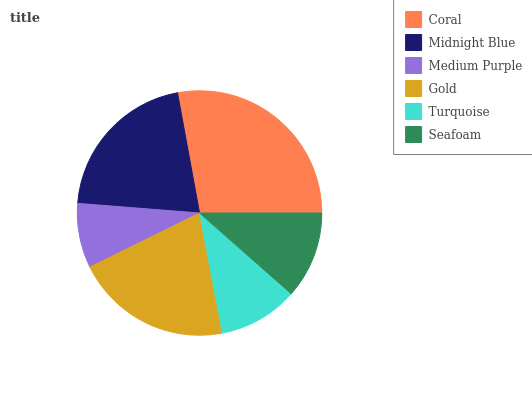
| Coral | Midnight Blue | Medium Purple | Gold | Turquoise | Seafoam |
 | --- | --- | --- | --- | --- | --- |
 | 27.9% | 20.9% | 8.55% | 20.7% | 10.5% | 11.5% |